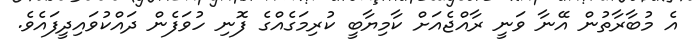
އެ މުބާރާތުން އޭނާ ވަނީ ރާއްޖެއަށް ކާމިޔާބީ ކުރިމަގެއްގެ ފޮނި ހުވަފެން ދައްކުވައިދީފައެވެ.